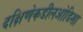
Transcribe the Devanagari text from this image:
दक्षिणेकडीलओडिशा